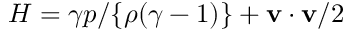
H = \gamma p / \{ \rho ( \gamma - 1 ) \} + { \bf v } \cdot { \bf v } / 2